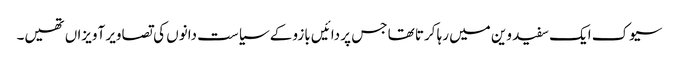
سیوک ایک سفید وین میں رہا کرتا تھا جس پر دائیں بازو کے سیاست دانوں کی تصاویر آویزاں تھیں۔